Treatise on elephants
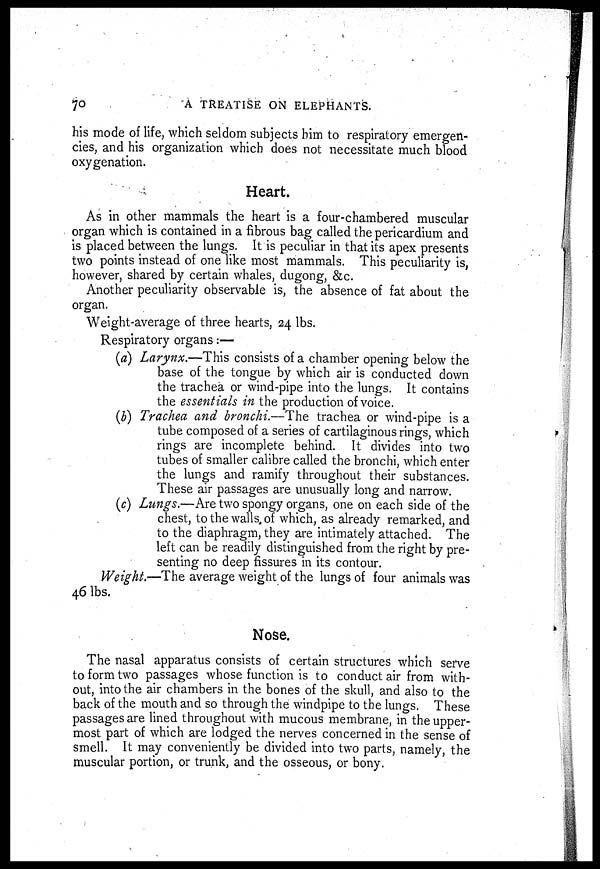
70
A TREATISE ON ELEPHANTS.
his mode of life, which seldom subjects him to respiratory emergen-
cies, and his organization which does not necessitate much blood
oxygenation.
Heart.
As in other mammals the heart is a four-chambered muscular
organ which is contained in a fibrous bag called the pericardium and
is placed between the lungs. It is peculiar in that its apex presents
two points instead of one like most mammals. This peculiarity is,
however, shared by certain whales, dugong, &c.
Another peculiarity observable is, the absence of fat about the
organ.
Weight-average of three hearts, 24 lbs.
Respiratory organs:—
(a) Larynx.—This consists of a chamber opening below the
base of the tongue by which air is conducted down
the trachea or wind-pipe into the lungs. It contains
the essentials in the production of voice.
(b) Trachea and bronchi.—The trachea or wind-pipe is a
tube composed of a series of cartilaginous rings, which
rings are incomplete behind. It divides into two
tubes of smaller calibre called the bronchi, which enter
the lungs and ramify throughout their substances.
These air passages are unusually long and narrow.
(c) Lungs.—Are two spongy organs, one on each side of the
chest, to the walls, of which, as already remarked, and
to the diaphragm, they are intimately attached. The
left can be readily distinguished from the right by pre-
senting no deep fissures in its contour.
Weight.—The average weight of the lungs of four animals was
46 lbs.
Nose.
The nasal apparatus consists of certain structures which serve
to form two passages whose function is to conduct air from with-
out, into the air chambers in the bones of the skull, and also to the
back of the mouth and so through the windpipe to the lungs. These
passages are lined throughout with mucous membrane, in the upper-
most part of which are lodged the nerves concerned in the sense of
smell. It may conveniently be divided into two parts, namely, the
muscular portion, or trunk, and the osseous, or bony.